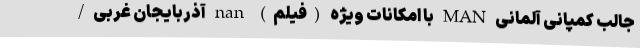
جالب کمپانی آلمانی MAN با امکانات ویژه (فیلم) nan آذربایجان غربی/